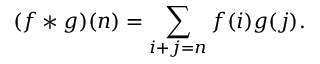
( f * g ) ( n ) = \sum _ { i + j = n } f ( i ) g ( j ) .